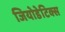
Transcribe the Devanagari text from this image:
जियोडेटिक्स